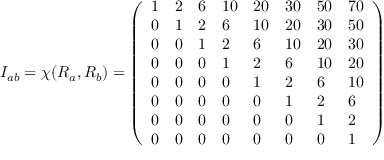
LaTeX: I _ { a b } = \chi ( R _ { a } , R _ { b } ) = \left( \begin{array} { l l l l l l l l } { { 1 } } & { { 2 } } & { { 6 } } & { { 1 0 } } & { { 2 0 } } & { { 3 0 } } & { { 5 0 } } & { { 7 0 } } \\ { { 0 } } & { { 1 } } & { { 2 } } & { { 6 } } & { { 1 0 } } & { { 2 0 } } & { { 3 0 } } & { { 5 0 } } \\ { { 0 } } & { { 0 } } & { { 1 } } & { { 2 } } & { { 6 } } & { { 1 0 } } & { { 2 0 } } & { { 3 0 } } \\ { { 0 } } & { { 0 } } & { { 0 } } & { { 1 } } & { { 2 } } & { { 6 } } & { { 1 0 } } & { { 2 0 } } \\ { { 0 } } & { { 0 } } & { { 0 } } & { { 0 } } & { { 1 } } & { { 2 } } & { { 6 } } & { { 1 0 } } \\ { { 0 } } & { { 0 } } & { { 0 } } & { { 0 } } & { { 0 } } & { { 1 } } & { { 2 } } & { { 6 } } \\ { { 0 } } & { { 0 } } & { { 0 } } & { { 0 } } & { { 0 } } & { { 0 } } & { { 1 } } & { { 2 } } \\ { { 0 } } & { { 0 } } & { { 0 } } & { { 0 } } & { { 0 } } & { { 0 } } & { { 0 } } & { { 1 } } \end{array} \right)